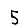
Digit: 5